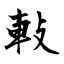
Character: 軙